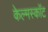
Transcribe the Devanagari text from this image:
केल्मस्काॅट